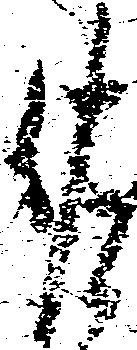
佐